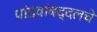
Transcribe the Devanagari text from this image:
पांडवांबद्दलचे